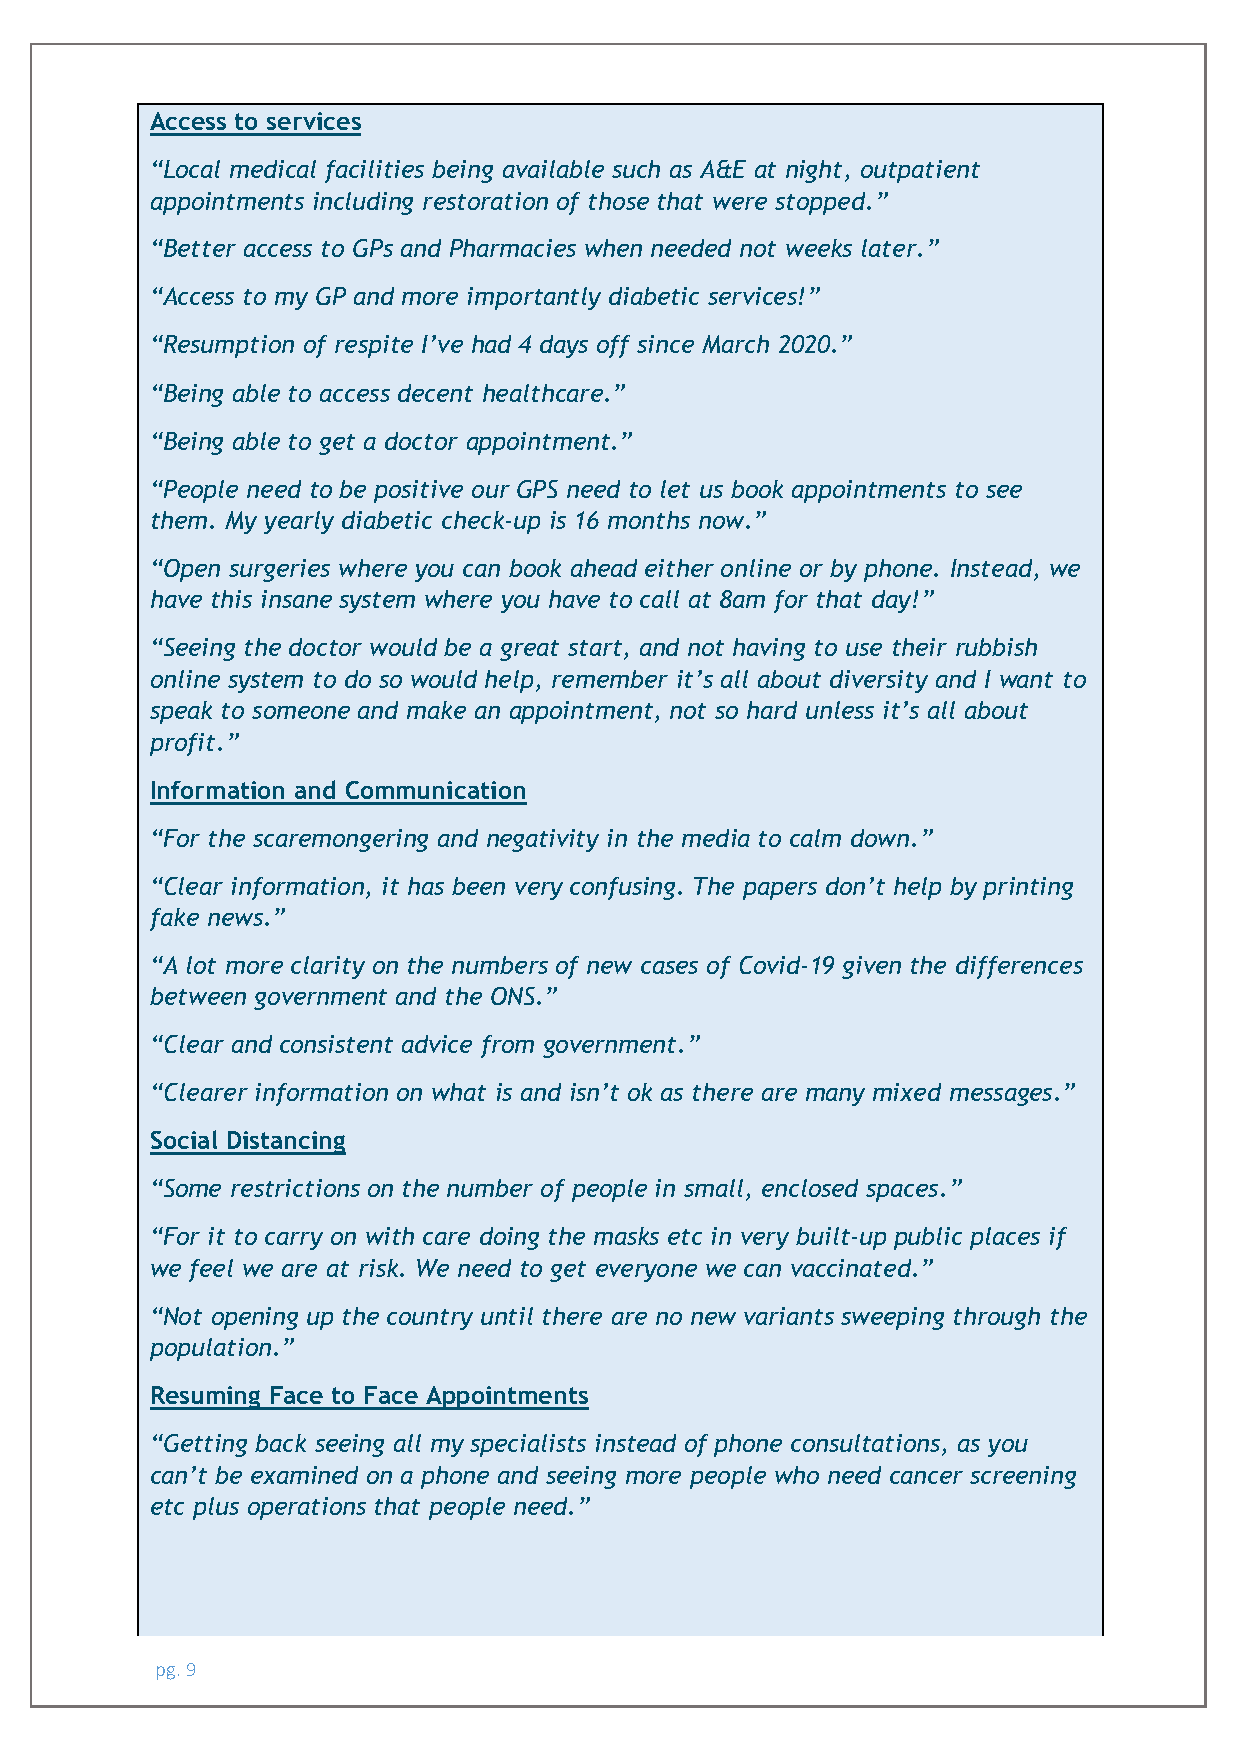
Access to services
 “Local medical facilities being available such as A&E at night, outpatient
 appointments including restoration of those that were stopped.”
 “Better access to GPs and Pharmacies when needed not weeks later.”
 “Access to my GP and more importantly diabetic services!”
 “Resumption of respite I’ve had 4 days off since March 2020.”
 “Being able to access decent healthcare.”
 “Being able to get a doctor appointment.”
 “People need to be positive our GPS need to let us book appointments to see
 them. My yearly diabetic check-up is 16 months now.”
 “Open surgeries where you can book ahead either online or by phone. Instead, we
 have this insane system where you have to call at 8am for that day!”
 “Seeing the doctor would be a great start, and not having to use their rubbish
 online system to do so would help, remember it’s all about diversity and I want to
 speak to someone and make an appointment, not so hard unless it’s all about
 profit.”
 Information and Communication
 “For the scaremongering and negativity in the media to calm down.”
 “Clear information, it has been very confusing. The papers don’t help by printing
 fake news.”
 “A lot more clarity on the numbers of new cases of Covid-19 given the differences
 between government and the ONS.”
 “Clear and consistent advice from government.”
 “Clearer information on what is and isn’t ok as there are many mixed messages.”
 Social Distancing
 “Some restrictions on the number of people in small, enclosed spaces.”
 “For it to carry on with care doing the masks etc in very built-up public places if
 we feel we are at risk. We need to get everyone we can vaccinated.”
 “Not opening up the country until there are no new variants sweeping through the
 population.”
 Resuming Face to Face Appointments
 “Getting back seeing all my specialists instead of phone consultations, as you
 can’t be examined on a phone and seeing more people who need cancer screening
 etc plus operations that people need.”
 pg. 9